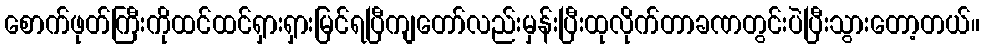
စောက်ဖုတ်ကြီးကိုထင်ထင်ရှားရှားမြင်ရပြီကျတော်လည်းမှန်းပြီးထုလိုက်တာခဏတွင်းပဲပြီးသွားတော့တယ်။